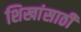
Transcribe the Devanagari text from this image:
शिखांसाठी